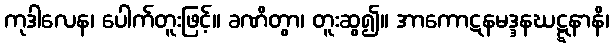
ကုဒါလေန၊ ပေါက်တူးဖြင့်။ ခဏိတွာ၊ တူးဆွ၍။ အာကောဋနမဒ္ဒနဃဋ္ဋနာနိ၊